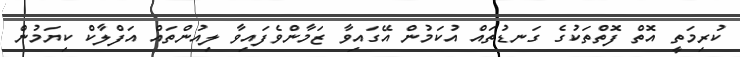
ކުރިމަތީ އޮތް ފޮތްތަކުގެ ގަނޑުތައް އުކަމުން އޭގައިވާ ޒަމާންވެފައިވާ ލިއުންތައް އަފްލާކް ކިޔަމުން